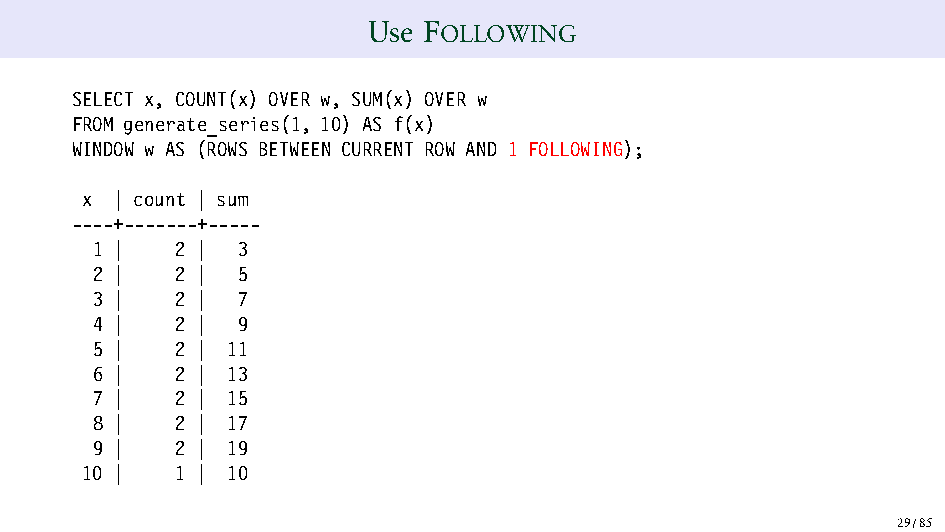
Use FOLLOWING
 SELECT x, COUNT(x) OVER w, SUM(x) OVER w
 FROM generate_series(1, 10) AS f(x)
 WINDOW w AS (ROWS BETWEEN CURRENT ROW AND 1 FOLLOWING);
 x  | count | sum
 ----+-------+-----
 1 |   2 | 3
 2 |   2 | 5
 3 |   2 | 7
 4 |   2 | 9
 5 |   2 | 11
 6 |   2 | 13
 7 |   2 | 15
 8 |   2 | 17
 9 |   2 | 19
 10 |   1 | 10
 29/85